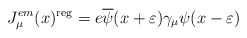
\begin{align*}J_\mu ^{em}(x)^{{\rm reg}}=e\overline{\psi }(x+\varepsilon )\gamma _\mu \psi(x-\varepsilon ) \end{align*}